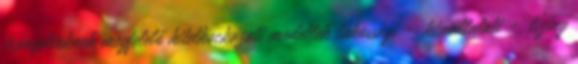
irányelveknek megfelelő hitelkockázati modellek lakossági -, kisvállalati -, lízing